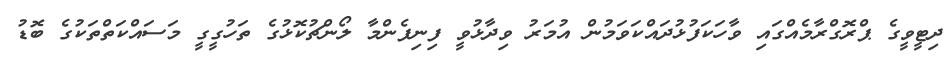
ދިޓީވީގެ ޕްރޮގްރާމެއްގައި ވާހަކަފުޅުދައްކަވަމުން އުމަރު ވިދާޅުވީ ފިނިފެންމާ ލޯންޗުކޮޅުގެ ތަހުގީގީ މަސައްކަތްތަކުގެ ބޮޑު